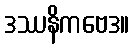
ဒဿနိကဗေဒ။